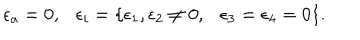
LaTeX: \epsilon _ { a } = 0 , \epsilon _ { i } = \{ \epsilon _ { 1 } , \epsilon _ { 2 } \not = 0 , \epsilon _ { 3 } = \epsilon _ { 4 } = 0 \} .